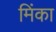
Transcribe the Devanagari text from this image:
मिंका